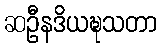
ဆဦနဒိယဍ္ဎသတာ